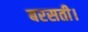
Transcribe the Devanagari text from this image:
बरसती।